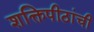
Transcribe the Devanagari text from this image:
शक्तिपीठांची